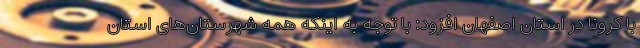
با کرونا در استان اصفهان افزود: با توجه به اینکه همه شهرستان‌های استان